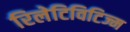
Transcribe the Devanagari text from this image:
रिलेटिविटिज्म